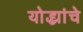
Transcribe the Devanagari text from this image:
योद्ध्यांचे